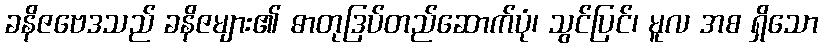
ခနိဇဗေဒသည် ခနိဇများ၏ ဓာတုဒြပ်တည်ဆောက်ပုံ၊ သွင်ပြင်၊ မူလ အစ ရှိသော